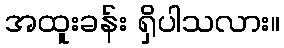
အထူးခန်း ရှိပါသလား။